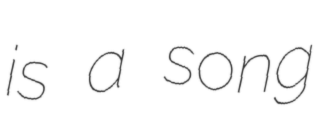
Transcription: is a song